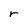
Character: r